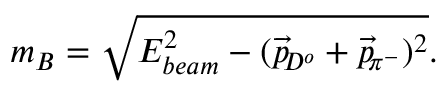
m _ { B } = \sqrt { E _ { b e a m } ^ { 2 } - ( \overrightarrow { p } \! _ { D ^ { o } } + \overrightarrow { p } \! _ { \pi ^ { - } } ) ^ { 2 } } .